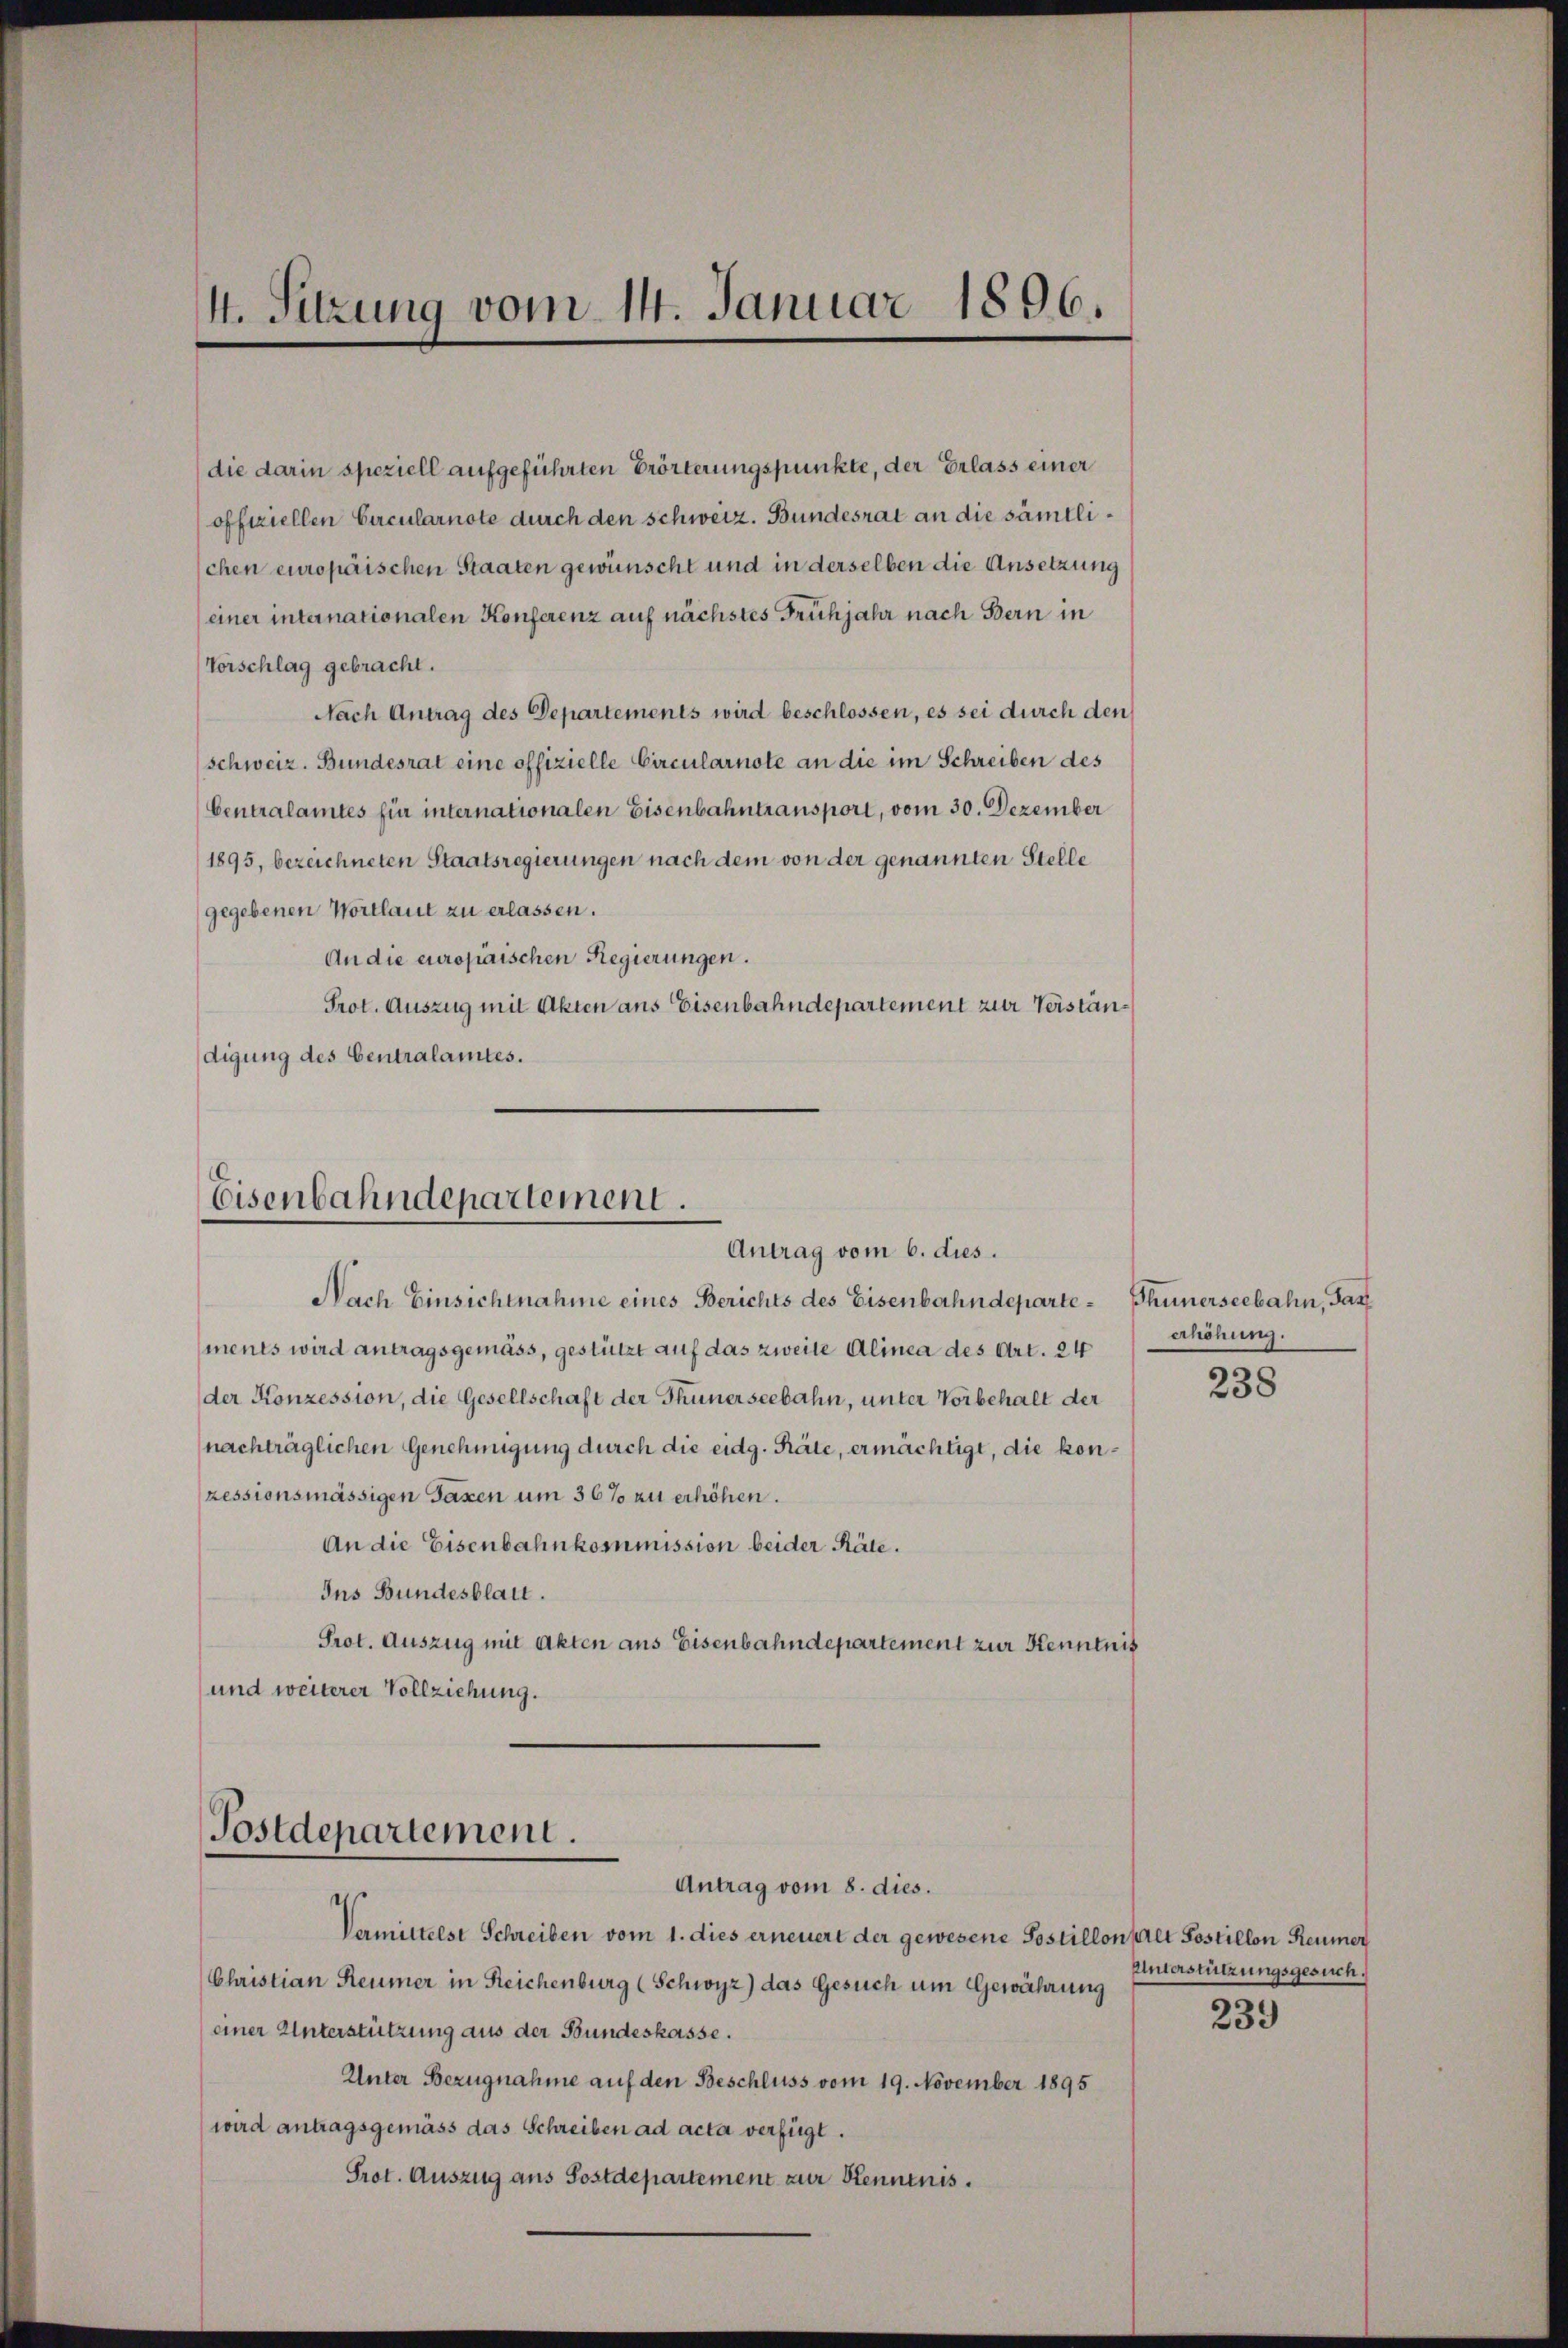
4. Sitzung vom 14. Januar 1896.

die darin speziell aufgeführten Erörterungspunkte, der Erlass einer
offiziellen Circularnote durch den schweiz. Bundesrat an die sämtlischen europäischen Staaten gewünscht und in derselben die Ansetzung
einer internationalen Konferenz auf nächstes Frühjahr nach Bern in
Vorschlag gebracht.
Nach Antrag des Departements wird beschlossen, es sei durch den
Schweiz. Bundesrat eine offizielle Circularnote an die im Schreiben des
Centralamtes für internationalen Eisenbahntransport, vom 30. Dezember
1895, bezeichneten Staatsregierungen nach dem von der genannten Stelle
gegebenen Wortlaut zu erlassen.
An die europaischen Regierungen.
Prot. Auszug mit Akten aus Eisenbahndepartement zur Verständigung des Centralamtes.

Eisenbahndepartement.
Antrag vom 6. dies.

Nach Einsichtnahme eines Berichts des Eisenbahndeparte - Thunerseebahn, Jas
ments wird antragsgemäss, gestützt auf das zweite Alinea des Art. 24
der Konzession, die Gesellschaft der Thunerseebahn, unter Vorbehalt der
(nachträglichen Genehmigung durch die eidg. Räte, ermächtigt, die konzessionsmässigen Taxen um 36% zu erhöhen.
An die Eisenbahnkommission beider Räte.
Ius Bundesblatt.
Prot. Auszug mit Akten aus Eisenbahndepartement zur Kenntnis
und weiterer Vollziehung.

Postdepartement.
Antrag vom 8. dies.

erhöhung.

Vermittelst Schreiben vom 1. dies erneuert der gewesene Sostillon halt Sostillon Reumer
Christian Reumer in Reichenburg (Schwyz) das Gesuch um Gewährung
(einer Unterstützung aus der Bundeskasse.
Unter Bezugnahme auf den Beschluss vom 19. November 1895
wird antragsgemäss das Schreiben ad acta verfügt.
Prot. Auszug aus Sostdepartement zur Kenntnis.

238

Unterstützungsgesuch.

239